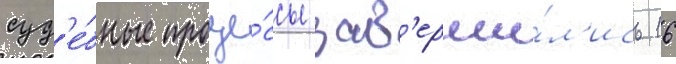
суд'е́бные проце́ссы зав'ерши́л'ись 16